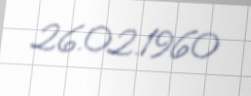
26.02.1960